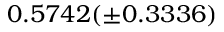
0 . 5 7 4 2 ( \pm 0 . 3 3 3 6 )